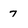
Character: 7